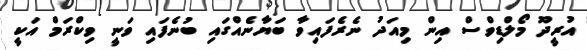
އުރީދޫ މޯލްޑިވްސް އިން މިއަދު ނެރެފައިވާ ބަޔާނެއްގައި ބުނެފައި ވަނީ ވިކްރަމް އަކީ